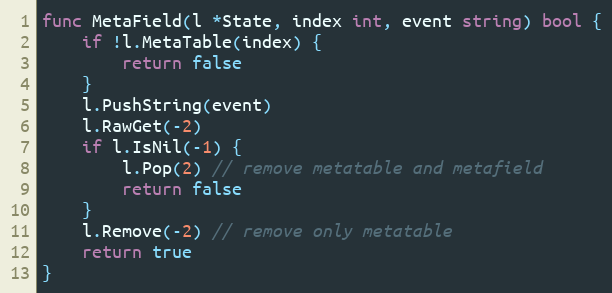
Language: Go
func MetaField(l *State, index int, event string) bool {
	if !l.MetaTable(index) {
		return false
	}
	l.PushString(event)
	l.RawGet(-2)
	if l.IsNil(-1) {
		l.Pop(2) // remove metatable and metafield
		return false
	}
	l.Remove(-2) // remove only metatable
	return true
}